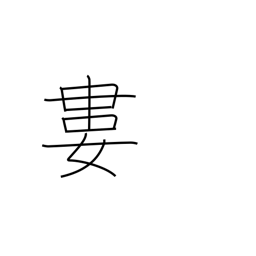
Meaning: tie